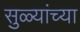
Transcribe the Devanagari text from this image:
सुळ्यांच्या